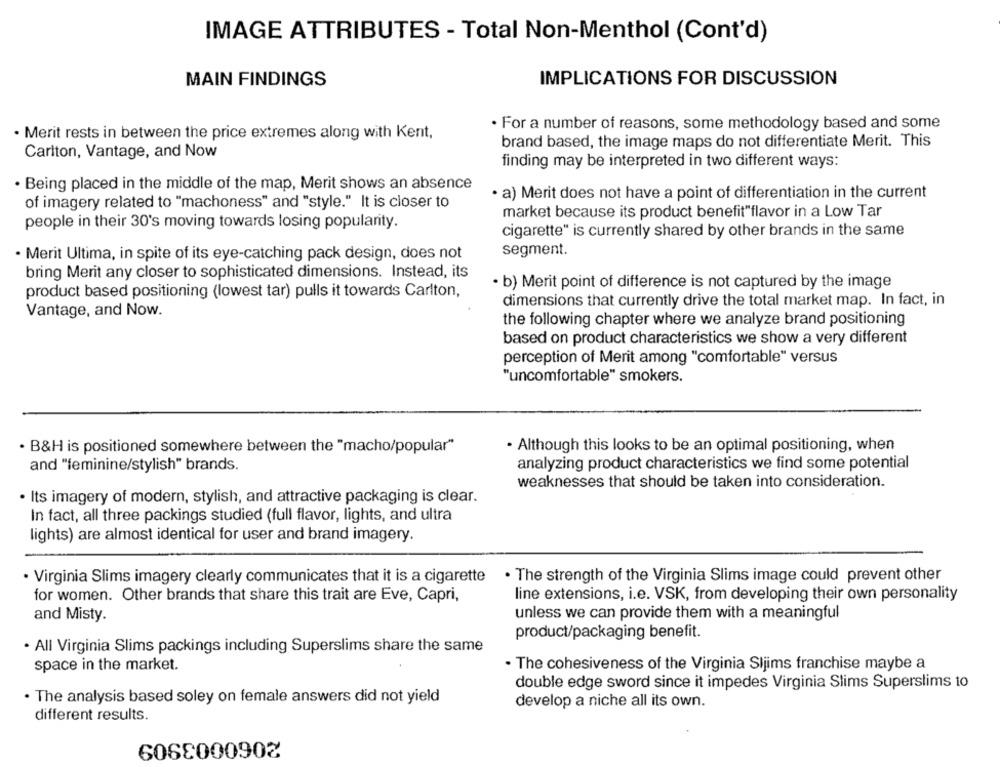
IMAGE ATTRIBUTES - Total Non-Menthol (Cont'd)
MAIN FINDINGS
IMPLICATIONS FOR DISCUSSION
· For a number of reasons, some methodology based and some
· Merit rests in between the price extremes along with Kent,
brand based, the image maps do not differentiate Merit. This
Carlton, Vantage, and Now
finding may be interpreted in two different ways:
· Being placed in the middle of the map, Merit shows an absence
· a) Merit does not have a point of differentiation in the current
of imagery related to "machoness" and "style." It is closer to
market because its product benefit"flavor in a Low Tar
people in their 30's moving towards losing popularity.
cigarette" is currently shared by other brands in the same
segment.
· Merit Ultima, in spite of its eye-catching pack design, does not
bring Merit any closer to sophisticated dimensions. Instead, its
· b) Merit point of difference is not captured by the image
product based positioning (lowest tar) pulls it towards Carlton,
dimensions that currently drive the total market map. In fact, in
Vantage, and Now.
the following chapter where we analyze brand positioning
based on product characteristics we show a very different
perception of Merit among "comfortable" versus
"uncomfortable" smokers.
· B&H is positioned somewhere between the "macho/popular"
. Although this looks to be an optimal positioning, when
and "feminine/stylish" brands.
analyzing product characteristics we find some potential
weaknesses that should be taken into consideration.
· Its imagery of modern, stylish, and attractive packaging is clear.
In fact, all three packings studied (full flavor, lights, and ultra
lights) are almost identical for user and brand imagery.
. Virginia Slims imagery clearly communicates that it is a cigarette
. The strength of the Virginia Slims image could prevent other
for women. Other brands that share this trait are Eve, Capri,
line extensions, i.e. VSK, from developing their own personality
and Misty.
unless we can provide them with a meaningful
product/packaging benefit.
· All Virginia Slims packings including Superslims share the same
space in the market.
. The cohesiveness of the Virginia Sljims franchise maybe a
double edge sword since it impedes Virginia Slims Superstims to
. The analysis based soley on female answers did not yield
develop a niche all its own.
different results.
6068000902